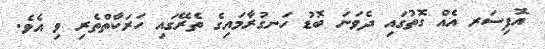
އޮފިސަރ އެއް ގޮތުގައި ދެވަނަ ބޮޑު ހަނގުރާމައިގެ ތެރޭގައި ހަރަކާތްތެރި ވި އެވެ.